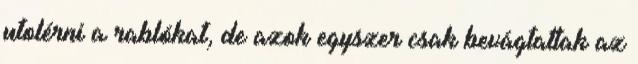
utolérni a rablókat, de azok egyszer csak bevágtattak az